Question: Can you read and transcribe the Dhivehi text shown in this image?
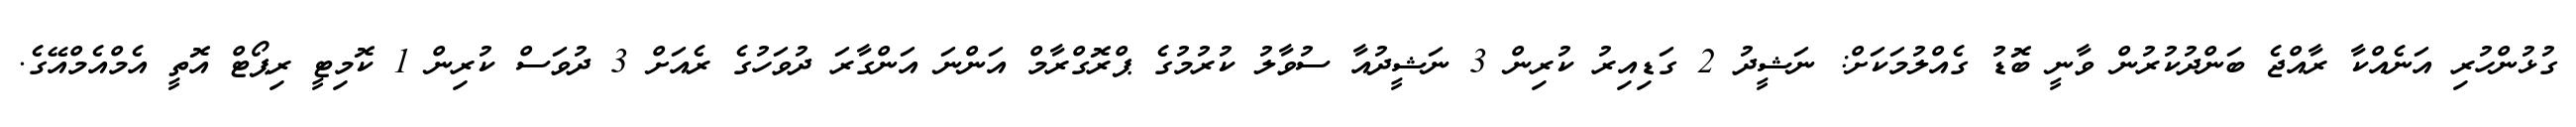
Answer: ގުޅުންހުރި އަނެއްކާ ރާއްޖެ ބަންދުކުރުން ވާނީ ބޮޑު ގެއްލުމަކަށް: ނަޝީދު 2 ގަޑިއިރު ކުރިން 3 ނަޝީދުއާ ސުވާލު ކުރުމުގެ ޕްރޮގްރާމް އަންނަ އަންގާރަ ދުވަހުގެ ރެއަށް 3 ދުވަސް ކުރިން 1 ކޮމިޓީ ރިޕޯޓް އޮތީ އެމްއެމްއޭގެ.